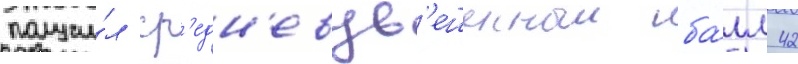
получи́л ср'едн'евзв'ешенныи ба́лл 42